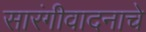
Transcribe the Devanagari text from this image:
सारंगीवादनाचे